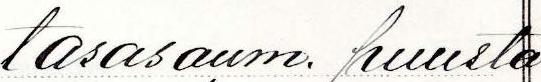
tasasaum. puusta